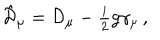
\hat { \cal D } _ { \mu } = { \cal D } _ { \mu } - { \textstyle \frac { i } { 2 } } g \gamma _ { \mu } \, ,